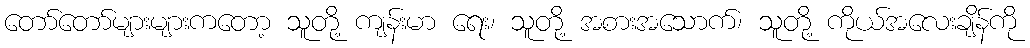
တော်တော်များများကတော့ သူတို့ ကျန်းမာ ရေး၊ သူတို့ အစားအသောက်၊ သူတို့ ကိုယ်အလေးချိန်ကို